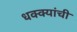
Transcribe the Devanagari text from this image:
धक्क्यांची